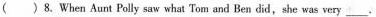
( )8.When Aunt Polly saw what 'Tom and Ben did,she was very ___.